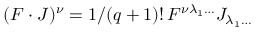
( F \cdot J ) ^ { \nu } = 1 / ( q + 1 ) ! \, F ^ { \nu \lambda _ { 1 } \ldots } J _ { \lambda _ { 1 } \ldots }